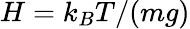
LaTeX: H=k_{B}T/(mg)